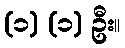
(၁) (၁) ဦး။